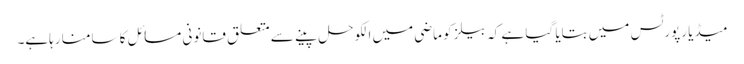
میڈیا رپورٹس میں بتایا گیا ہے کہ بیلز کو ماضی میں الکوحل پینے سے متعلق قانونی مسائل کا سامنا رہاہے۔